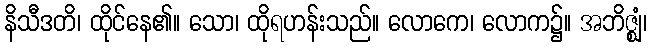
နိသီဒတိ၊ ထိုင်နေ၏။ သော၊ ထိုရဟန်းသည်။ လောကေ၊ လောက၌။ အဘိဇ္ဈံ၊